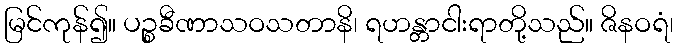
မြင်ကုန်၍။ ပဉ္စခီဏာသဝသတာနိ၊ ရဟန္တာငါးရာတို့သည်။ ဇိနဝရံ၊